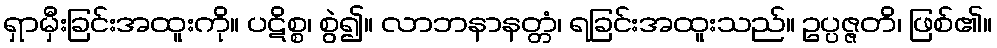
ရှာမှီးခြင်းအထူးကို။ ပဋိစ္စ၊ စွဲ၍။ လာဘနာနတ္တံ၊ ရခြင်းအထူးသည်။ ဥပ္ပဇ္ဇတိ၊ ဖြစ်၏။